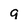
Character: g